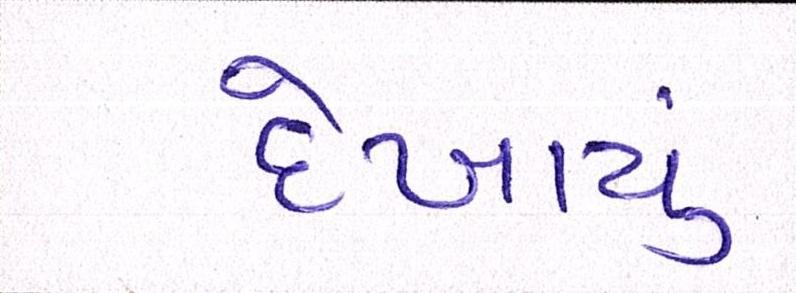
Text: દેખાયું